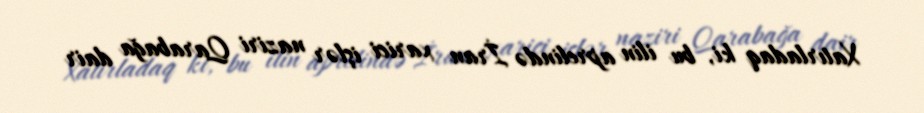
Xatırladaq ki, bu ilin aprelində İran xarici işlər naziri Qarabağa dair